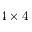
4 \times 4